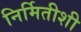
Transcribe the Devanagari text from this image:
निर्मितीशी